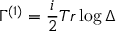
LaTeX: \Gamma ^ { ( 1 ) } = \frac { i } { 2 } T r \log \Delta